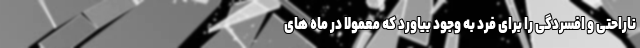
ناراحتی و افسردگی را برای فرد به وجود بیاورد که معمولاً در ماه های